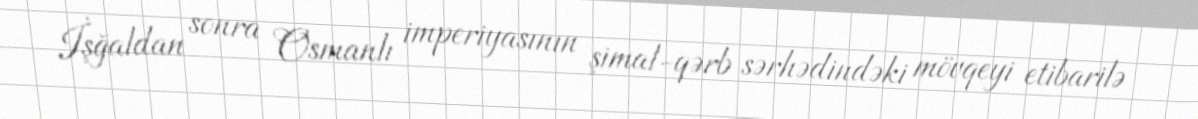
İşğaldan sonra Osmanlı imperiyasının şimal-qərb sərhədindəki mövqeyi etibarilə